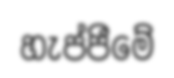
හැප්පීමේ